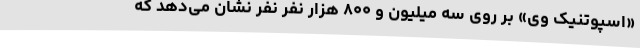
«اسپوتنیک وی» بر روی سه میلیون و ۸۰۰ هزار نفر نفر نشان می‌دهد که